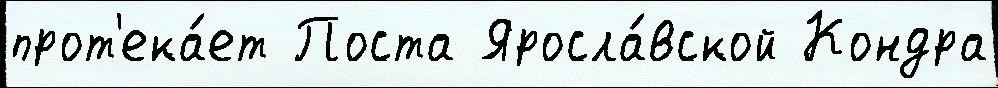
прот'ека́ет Поста Яросла́вской Кондра